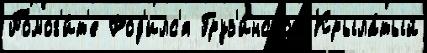
Помог'и́т'е Род'илс'я Груз'и́нской Крыла́тый